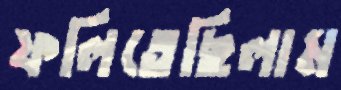
ফলিতেছিলাম